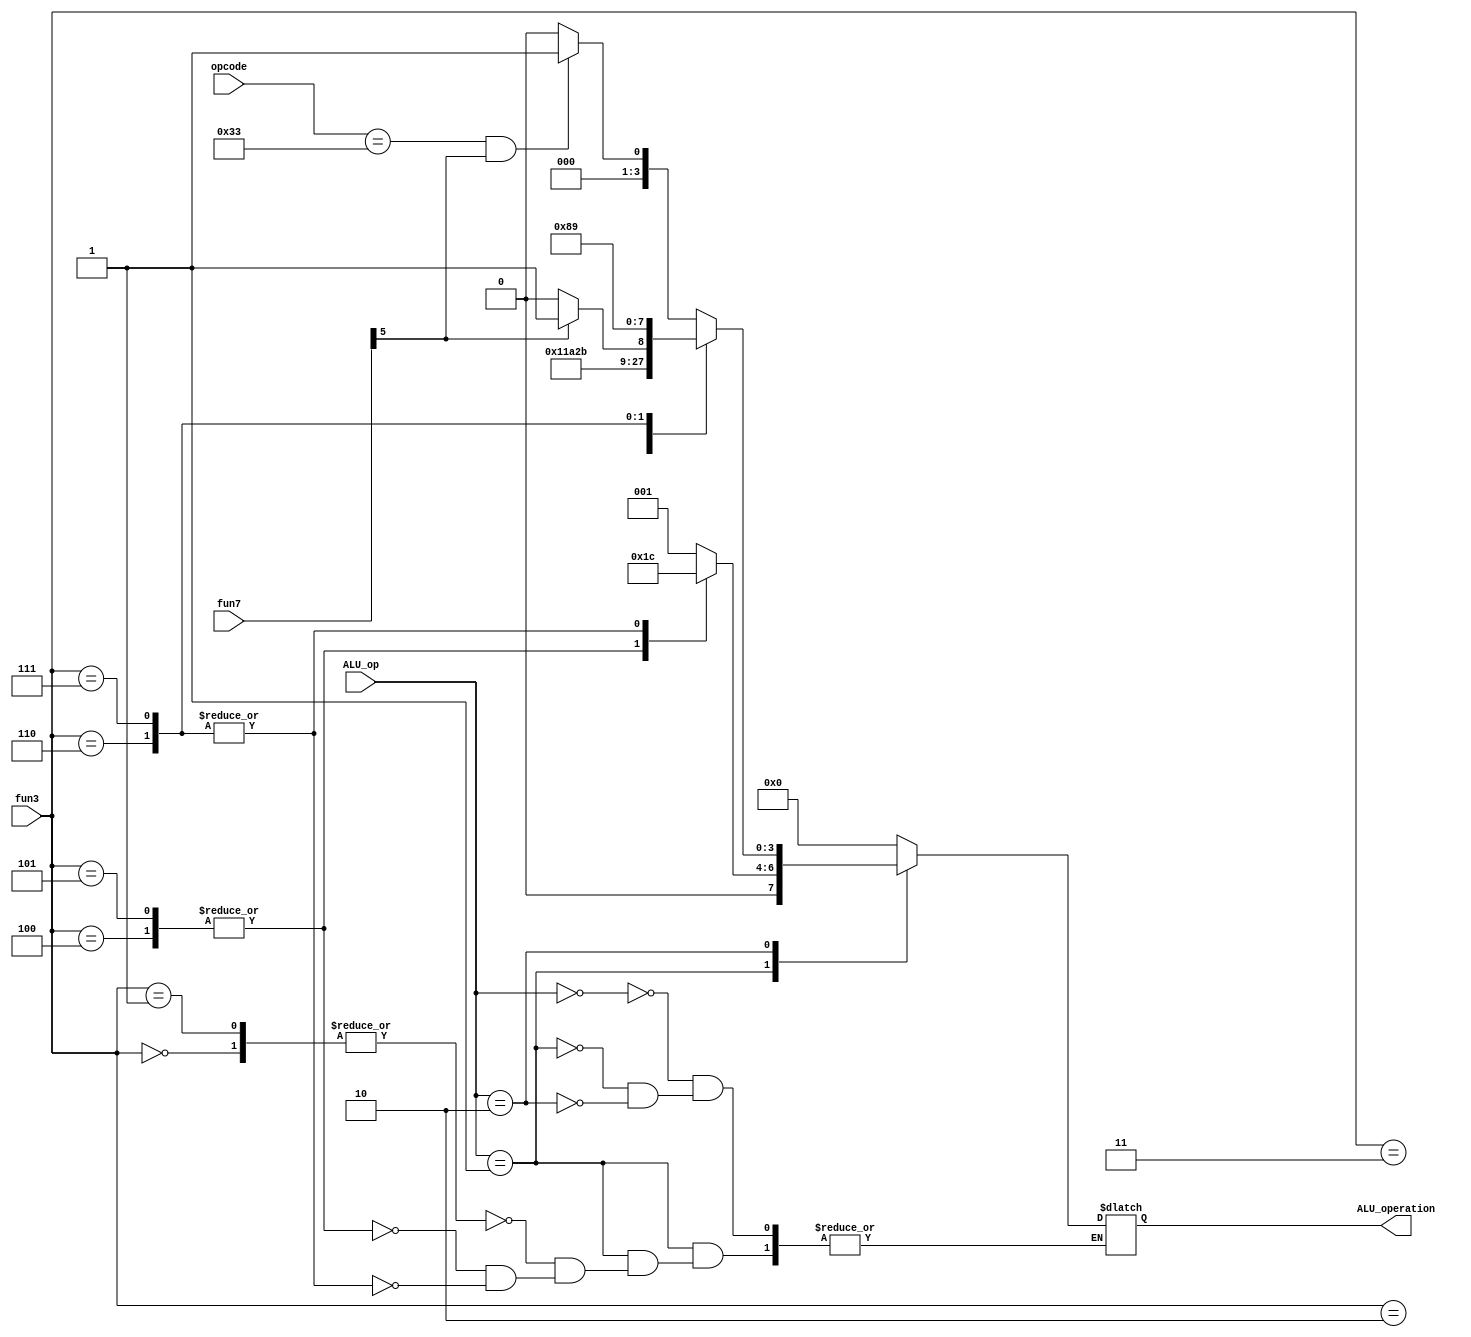
`timescale 1ns / 1ps
//////////////////////////////////////////////////////////////////////////////////
// Company: 
// Engineer: 
// 
// Design Name: 
// Module Name: ALU_Ctrl
// Project Name: 
// Target Devices: 
// Tool Versions: 
// Description: 
// 
// Dependencies: 
// 
// Revision:
// Revision 0.01 - File Created
// Additional Comments:
// 
//////////////////////////////////////////////////////////////////////////////////


module ALU_Ctrl(
    input [6:0] opcode,
    input [1:0] ALU_op,
    input [2:0] fun3,
    input [6:0] fun7,

    output [3:0] ALU_operation
    );

reg [3:0] ALU_operation0;
assign ALU_operation=ALU_operation0;
    always @ (*) begin
        case(ALU_op)
            2'b00:ALU_operation0=4'b0000;//ld/sd/auipcADD
            2'b01://branch
                case(fun3)
                    3'd0,3'd1:ALU_operation0=4'd1;//sub->beq/bne
                    3'd4,3'd5:ALU_operation0=4'd3;//slt->blt/bge
                    3'd6,3'd7:ALU_operation0=4'd4;//sltu->bltu/bgeu
                endcase
            2'b10:
                case(fun3)
                    3'd0:
                        if(opcode==7'b0110011 && fun7[5]==1'b1)begin
                            ALU_operation0=4'd1;//SUB
                        end
                        else begin
                            ALU_operation0=4'd0;
                        end
                    3'd1:ALU_operation0=4'd2;//SLL
                    3'd2:ALU_operation0=4'd3;//SLT
                    3'd3:ALU_operation0=4'd4;//SLTU
                    3'd4:ALU_operation0=4'd5;//XOR
                    3'd5:
                        case(fun7[5])
                            1'b0:ALU_operation0=4'd6;//SRL
                            1'b1:ALU_operation0=4'd7;//SRA
                        endcase
                    3'd6:ALU_operation0=4'd8;//OR
                    3'd7:ALU_operation0=4'd9;//AND
                endcase
        endcase
    end

endmodule